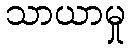
သာယာမှု